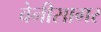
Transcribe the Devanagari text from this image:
बेनीसागर